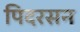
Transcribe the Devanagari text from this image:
पिदरसन